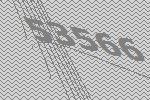
53566